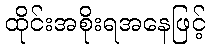
ထိုင်းအစိုးရအနေဖြင့်